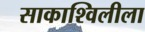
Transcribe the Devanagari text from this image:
साकाश्विलीला